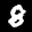
Label: 8